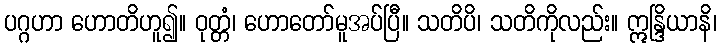
ပဂ္ဂဟာ ဟောတိဟူ၍။ ဝုတ္တံ၊ ဟောတော်မူအပ်ပြီ။ သတိပိ၊ သတိကိုလည်း။ ဣန္ဒြိယာနိ၊